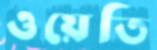
ওয়েতি